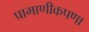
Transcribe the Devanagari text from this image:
प्रामाणीकपणा